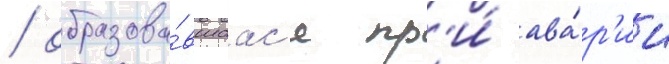
/ образова́вшаас'я пр'и́ ава́р'ии